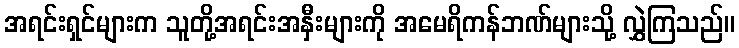
အရင်းရှင်များက သူတို့အရင်းအနှီးများကို အမေရိကန်ဘဏ်များသို့ လွှဲကြသည်။